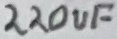
Text: 220uF